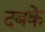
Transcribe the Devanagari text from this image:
दबके